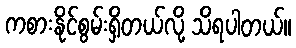
ကစားနိုင်စွမ်းရှိတယ်လို့ သိရပါတယ်။